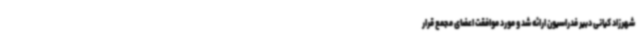
شهرزاد کیانی دبیر فدراسیون ارائه شد و مورد موافقت اعضای مجمع قرار